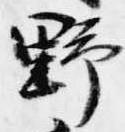
野